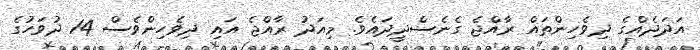
އަދަދެއްގެ ދިވެހިންތައް ރާއްޖެ ގެނެސްދީދައެވެ. މިއަދު ރާއްޖެ އައި ދިވެހިންވެސް 14 ދުވަހުގެ